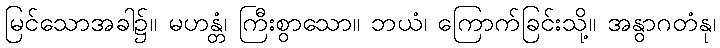
မြင်သောအခါ၌။ မဟန္တံ၊ ကြီးစွာသော။ ဘယံ၊ ကြောက်ခြင်းသို့။ အနွာဂတံနု၊